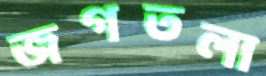
জগতলা